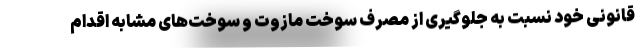
قانونی خود نسبت به جلوگیری از مصرف سوخت مازوت و سوخت‌های مشابه اقدام